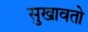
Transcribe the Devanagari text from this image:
सुखावतो